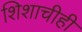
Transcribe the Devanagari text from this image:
शिशाचीही